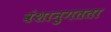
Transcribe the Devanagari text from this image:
वंशानुगतता